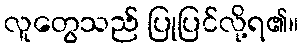
လူတွေသည် ပြုပြင်လို့ရ၏။